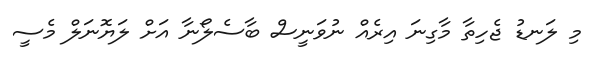
މި ލަނޑު ޖެހިތާ މާގިނަ އިރެއް ނުވަނީސް ބާސެލޯނާ އަށް ލަޔޮނަލް މެސީ